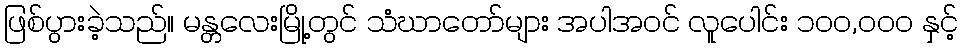
ဖြစ်ပွားခဲ့သည်။ မန္တလေးမြို့တွင် သံဃာတော်များ အပါအဝင် လူပေါင်း ၁၀၀,၀၀၀ နှင့်